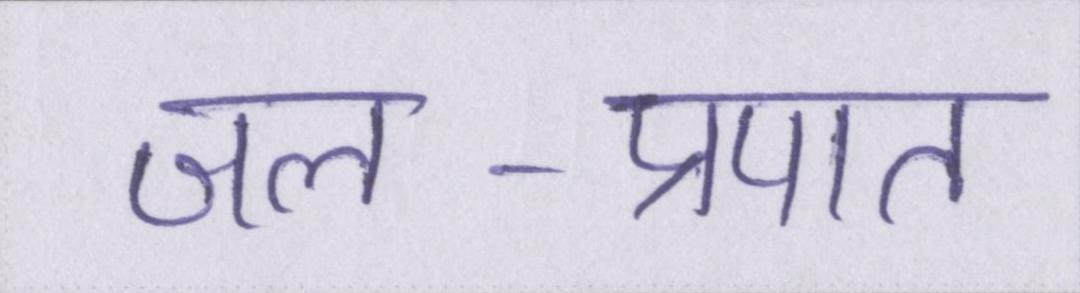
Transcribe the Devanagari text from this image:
जल-प्रपात